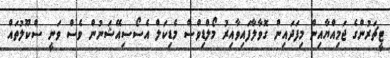
ޓީޗަރުންގެ ޖަމިއްޔާއިން މިފަދައިން ގޮވާލާފައިވާއިރު މޯލްޑިވްސް މެޑިކަލް އެސޯސިއޭޝަނުން ވެސް ވަނީ ސްކޫލުތައް